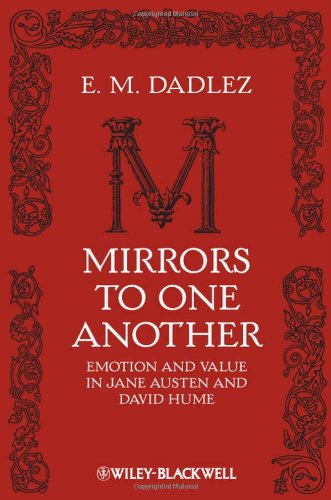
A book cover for Mirrors to One Another: Emotion and Value in Jane Austen and David Hume; E. M. Dadlez; Politics & Social Sciences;